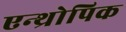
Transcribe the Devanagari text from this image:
एन्थ्रोपिक